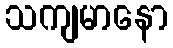
သကျမာနော